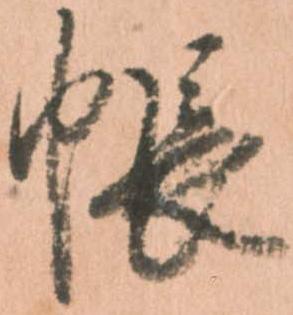
帳